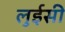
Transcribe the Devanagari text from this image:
लुईसी